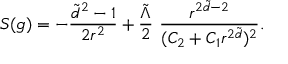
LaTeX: S ( g ) = - \frac { \tilde { d } ^ { 2 } - 1 } { 2 r ^ { 2 } } + \frac { \tilde { \Lambda } } { 2 } \ \frac { r ^ { 2 \tilde { d } - 2 } } { ( C _ { 2 } + C _ { 1 } r ^ { 2 \tilde { d } } ) ^ { 2 } } .